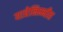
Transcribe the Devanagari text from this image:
यात्रेनिम्मीत